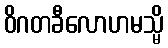
ဝိဂတခီလောဟမသ္မိ